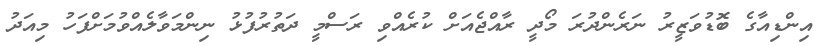
އިންޑިއާގެ ބޮޑުވަޒީރު ނަރެންދުރަ މޯދީ ރާއްޖެއަށް ކުރެއްވި ރަސްމީ ދަތުރުފުޅު ނިންމަވާލެއްވުމަށްފަހު މިއަދު